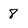
Character: 8